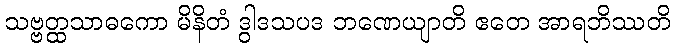
သဗ္ဗတ္ထသာဓကော မိနိတံ ဒွါဒသပဒ ဘဏေယျာတိ ဧတေ အာရဘိဿတိ